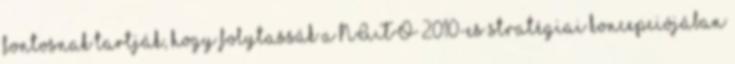
fontosnak tartják, hogy folytassák a NATO 2010-es stratégiai koncepciójában